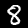
Label: 8